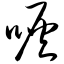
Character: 咴